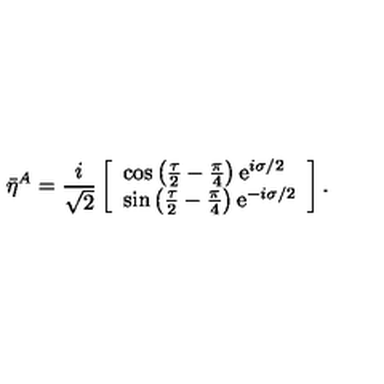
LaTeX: \bar { \eta } { } ^ { A } = \frac { i } { \sqrt { 2 } } \left[ \begin{array} { l } { \cos \left( \frac { \tau } { 2 } - \frac { \pi } { 4 } \right) \mathrm { e } ^ { i \sigma / 2 } } \\ { \sin \left( \frac { \tau } { 2 } - \frac { \pi } { 4 } \right) \mathrm { e } ^ { - i \sigma / 2 } } \\ \end{array} \right] .